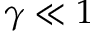
\gamma \ll 1